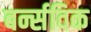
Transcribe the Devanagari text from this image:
बर्न्सविक